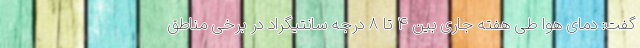
گفت: دمای هوا طی هفته جاری بین ۴ تا ۸ درجه سانتیگراد در برخی مناطق